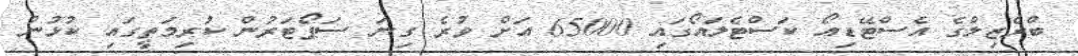
ބްރެޒިލްގެ އެސްޓޭޑިއޯ ކަސްޓެލައޯގައި 65000 އަށް ވުރެ ގިނަ ސަޕޯޓަރުން ކުރިމަތީގައި ކުޅުނު